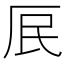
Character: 𭆃